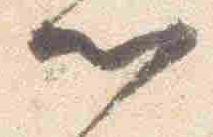
門